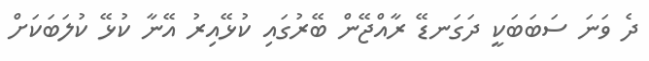
ދެ ވަނަ ސަބަބަކީ ދަގަނޑޭ ރާއްޖޭން ބޭރުގައި ކުޅޭއިރު އޭނާ ކުޅޭ ކުލަބަކަށް